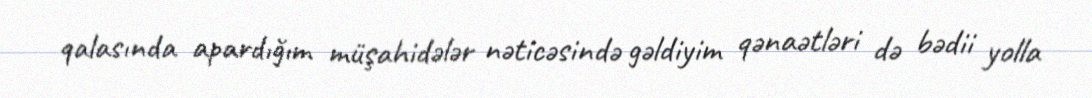
qalasında apardığım müşahidələr nəticəsində gəldiyim qənaətləri də bədii yolla